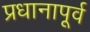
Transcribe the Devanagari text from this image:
प्रधानापूर्व